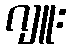
ဂျူး